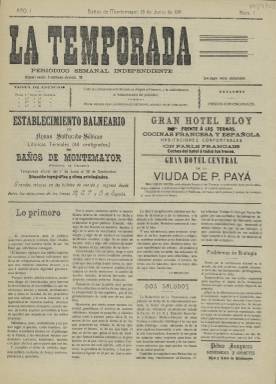
Título: La Temporada (Baños de Montemayor)
Colección: Periódicos
Ámbito geográfico: Cáceres
Lugar de publicación: Baños de Montemayor [Cáceres]
Fechas: 18/06/1911-18/06/1911